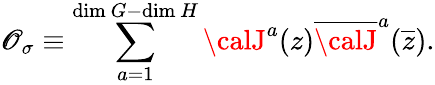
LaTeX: {\cal\mathscr{O}}_{\sigma}\equiv\sum_{a=1}^{\mathrm{{dim~}}G-\mathrm{{dim~}}H}{\calJ}^{a}(z)\overline{{{{\calJ}}}}^{a}(\overline{{{z}}}).